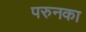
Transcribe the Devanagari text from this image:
परुनका